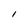
Character: I